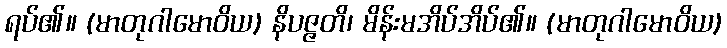
ရပ်၏။ (မာတုဂါမောဝိယ) နိပဇ္ဇတိ၊ မိန်းမအိပ်အိပ်၏။ (မာတုဂါမောဝိယ)